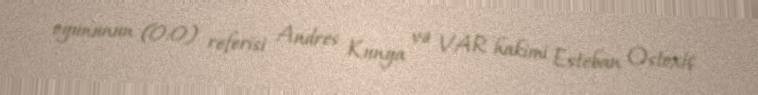
oyununun (0:0) referisi Andres Kunya və VAR hakimi Esteban Ostoxiç